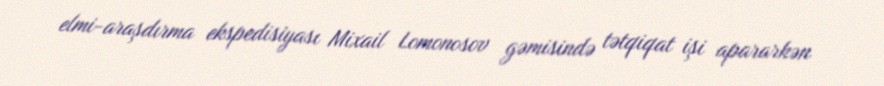
elmi-araşdırma ekspedisiyası Mixail Lomonosov gəmisində tətqiqat işi apararkən